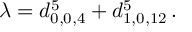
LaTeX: \lambda = d _ { 0 , 0 , 4 } ^ { 5 } + d _ { 1 , 0 , 1 2 } ^ { 5 } \, .